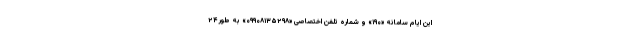
این ایام سامانه «۱۹۰» و شماره تلفن اختصاصی «۰۹۹۰۸۱۳۵۲۹۸» به طور ۲۴